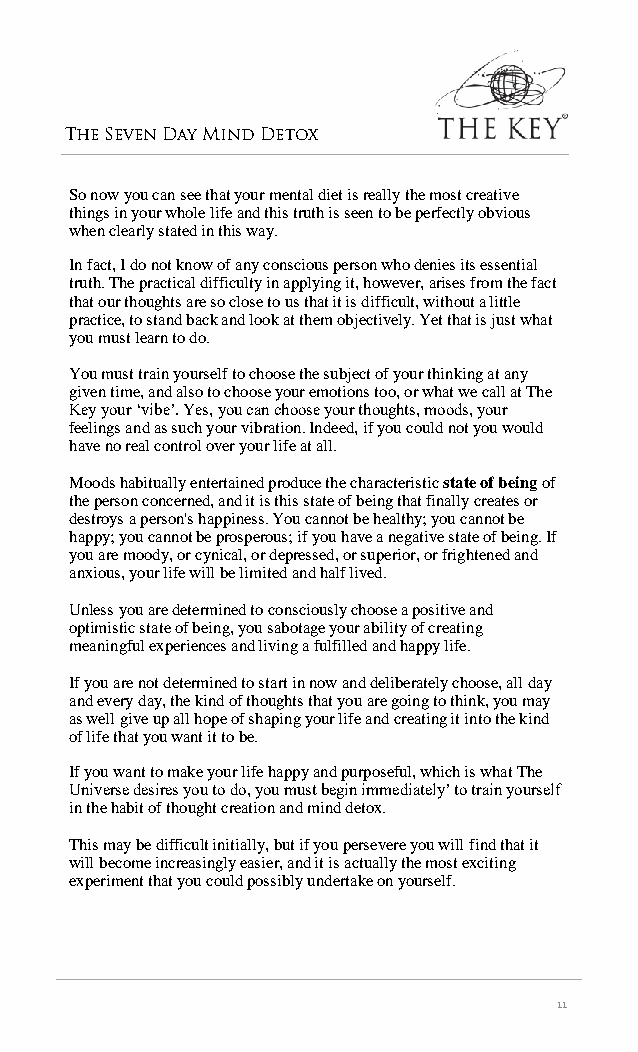
The Seven Day Mind Detox
 So now you can see that your mental diet is really the most creative
 things in your whole life and this truth is seen to be perfectly obvious
 when clearly stated in this way.
 In fact, I do not know of any conscious person who denies its essential
 truth. The practical difficulty in applying it, however, arises from the fact
 that our thoughts are so close to us that it is difficult, without a little
 practice, to stand back and look at them objectively. Yet that is just what
 you must learn to do.
 You must train yourself to choose the subject of your thinking at any
 given time, and also to choose your emotions too, or what we call at The
 Key your ‘vibe’. Yes, you can choose your thoughts, moods, your
 feelings and as such your vibration. Indeed, if you could not you would
 have no real control over your life at all.
 Moods habitually entertained produce the characteristic state of being of
 the person concerned, and it is this state of being that finally creates or
 destroys a person's happiness. You cannot be healthy; you cannot be
 happy; you cannot be prosperous; if you have a negative state of being. If
 you are moody, or cynical, or depressed, or superior, or frightened and
 anxious, your life will be limited and half lived.
 Unless you are determined to consciously choose a positive and
 optimistic state of being, you sabotage your ability of creating
 meaningful experiences and living a fulfilled and happy life.
 If you are not determined to start in now and deliberately choose, all day
 and every day, the kind of thoughts that you are going to think, you may
 as well give up all hope of shaping your life and creating it into the kind
 of life that you want it to be.
 If you want to make your life happy and purposeful, which is what The
 Universe desires you to do, you must begin immediately’ to train yourself
 in the habit of thought creation and mind detox.
 This may be difficult initially, but if you persevere you will find that it
 will become increasingly easier, and it is actually the most exciting
 experiment that you could possibly undertake on yourself.
 11